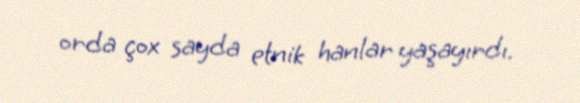
orda çox sayda etnik hanlar yaşayırdı.